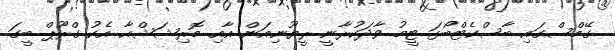
ގޭމްސްގައި ބާސްކެޓްބޯޅަ ޓީމު ވާދަކުރާނީ ރީޔޫނިއަން އާއި މޮރިޝަޝްއާ އެކު ގްރޫޕް ބީގަ